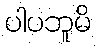
ပါပဘူမိ